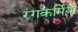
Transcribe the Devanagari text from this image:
रंगकर्मियो